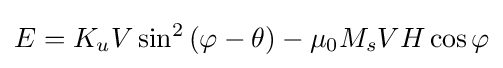
E=K_{u}V\sin ^{2}\left(\varphi -\theta \right)-\mu _{0}M_{s}VH\cos \varphi